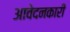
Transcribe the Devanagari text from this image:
आवेदनकारी